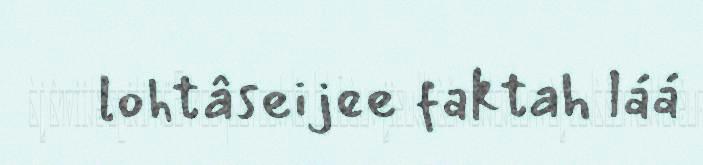
lohtâseijee faktah láá